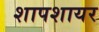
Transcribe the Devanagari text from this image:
शापशायर